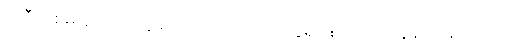
အဲဒီအစိမ်းရောင်တွေ ရှိတာက အဆိပ်တွေရှိနေတာကို ညွှန်ပြနေတာပါပဲ။